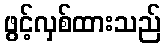
ဖွင့်လှစ်ထားသည်